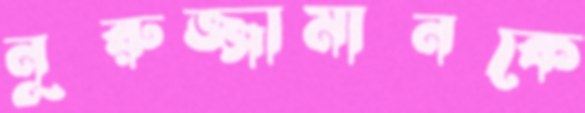
নূরুজ্জামানকে